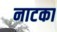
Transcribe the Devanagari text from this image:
नाटका